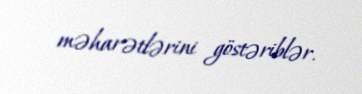
məharətlərini göstəriblər.